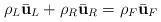
\begin{align*}\rho _L\bar {\bf u}_L+\rho _R\bar {\bf u}_R=\rho _F\bar {\bf u}_F\end{align*}